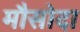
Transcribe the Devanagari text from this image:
मौसोदा